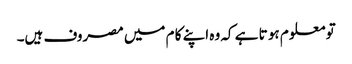
تو معلو م ہو تا ہے کہ وہ اپنے کا م میں مصروف ہیں۔